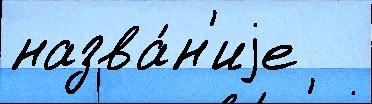
назва́н'иjе